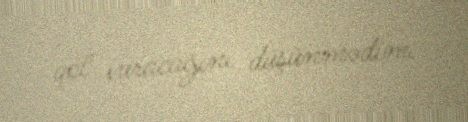
qol vuracağını düşünmədim.